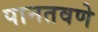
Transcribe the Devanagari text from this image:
पानतवणे